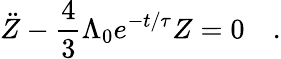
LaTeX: \ddot{Z}-\frac{4}{3}\Lambda_{0}e^{-t/\tau}Z=0\quad.